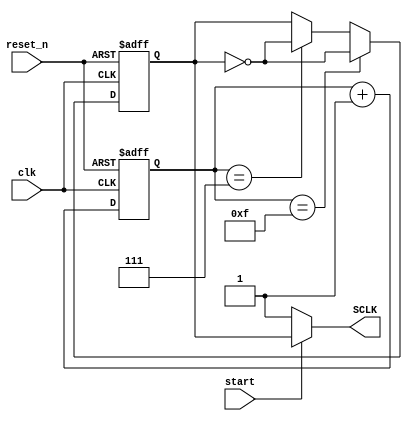
`timescale 1ns / 1ps
//////////////////////////////////////////////////////////////////////////////////
// Company: 
// Engineer: 
// 
// Design Name: 
// Module Name: SClk_generator
// Project Name: 
// Target Devices: 
// Tool Versions: 
// Description: 
// 
// Dependencies: 
// 
// Revision:
// Revision 0.01 - File Created
// Additional Comments:
// 
//////////////////////////////////////////////////////////////////////////////////


module SClk_generator #(parameter mode=2'b11)(
    input clk,
    input start,
    output SCLK,
    input reset_n
    );
    reg [3:0] count;
    reg clk_in;
    wire CPOL = mode==2'b11 || mode==2'b10;
    always @(posedge clk,negedge reset_n) begin
        if(~reset_n) begin
            count <= 0;
            clk_in <= CPOL ;
        end
        else begin
            count <= count +1;
            if(count == 7) begin
                clk_in <= ~clk_in;
            end
            if(count ==15) begin
                clk_in <= ~clk_in;
            end
        end    
    end
    assign SCLK = start ? clk_in : CPOL;
endmodule